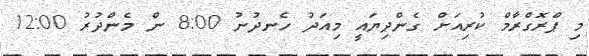
މި ޕްރޮގްރާމް ކުރިއަށް ގެންދިޔައީ މިއަދު ހެނދުނު 8:00 ން މެންދުރު 12:00